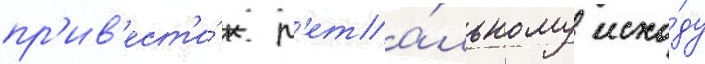
пр'ив'ест'и́ к л'ета́льному исхо́ду